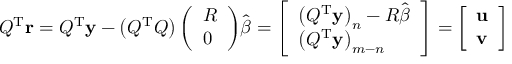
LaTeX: Q ^ { \mathrm { { T } } } \mathbf { r } = Q ^ { \mathrm { { T } } } \mathbf { y } - \left( Q ^ { \mathrm { { T } } } Q \right) { \left( \begin{array} { l } { R } \\ { 0 } \end{array} \right) } { \hat { \boldsymbol { \beta } } } = { \left[ \begin{array} { l } { \left( Q ^ { \mathrm { { T } } } \mathbf { y } \right) _ { n } - R { \hat { \boldsymbol { \beta } } } } \\ { \left( Q ^ { \mathrm { { T } } } \mathbf { y } \right) _ { m - n } } \end{array} \right] } = { \left[ \begin{array} { l } { \mathbf { u } } \\ { \mathbf { v } } \end{array} \right] }